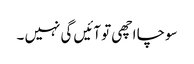
سوچا اچھی تو آئیں گی نہیں ۔